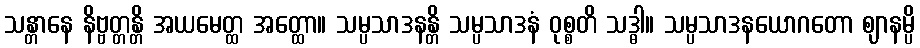
သန္တာနေ နိဗ္ဗတ္တန္တိ အယမေတ္ထ အတ္ထော။ သမ္ပသာဒနန္တိ သမ္ပသာဒနံ ဝုစ္စတိ သဒ္ဓါ။ သမ္ပသာဒနယောဂတော ဈာနမ္ပိ